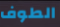
الطوف